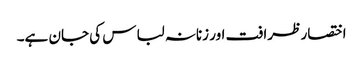
اختصار ظرافت اور زنانہ لباس کی جان ہے۔